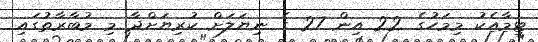
ޓީމާއެކު މިމަހުގެ 22 އިން 27 ގެ ނިޔަލަށް ކުރިޔަށްދާ މި މުބާރާތުގައި